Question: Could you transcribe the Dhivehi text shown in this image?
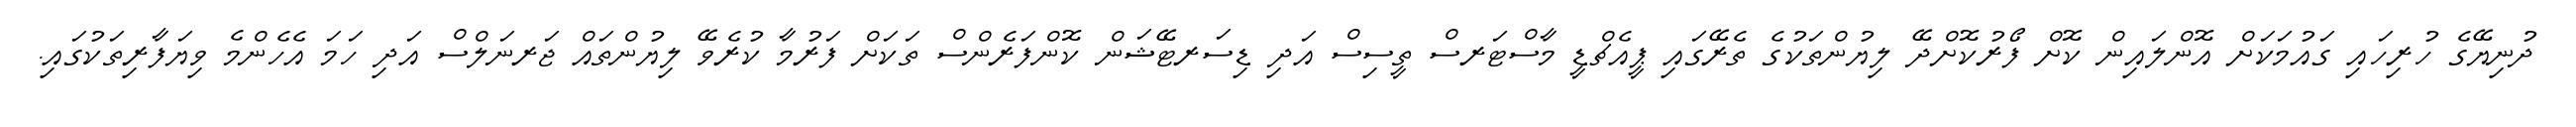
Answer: ދުނިޔޭގެ ހުރިހައި ގައުމަކަށް އޮންލައިން ކޮށް ފޯރުކޮށްދޭ ލިޔުންތަކުގެ ތެރޭގައި ޕީއެޗްޑީ މާސްޓަރސް ތީސިސް އަދި ޑިސަރޓޭޝަން ކޮންފަރެންސް ތަކަށް ފަރުމާ ކުރެވޭ ލިޔުންތައް ޖަރނަލްސް އަދި ހަމަ އެހެންމެ ވިޔަފާރިތަކުގައި.